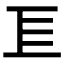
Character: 𢀚